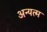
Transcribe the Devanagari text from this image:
अन्यत्म